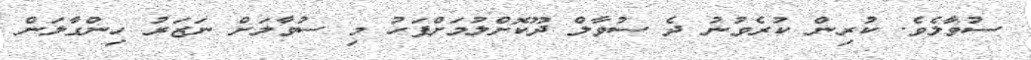
ސުވާލެވެ. ކުރިން ކުރެވުނު ދެ ސުވާލް ދޫކޮށްލުމަށްފަހު މި ސުވާލަށް ނަޒަރު ހިންގާލަން